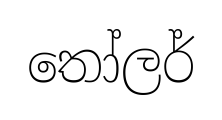
තෝලර්